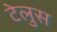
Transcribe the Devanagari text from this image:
टेलुस